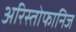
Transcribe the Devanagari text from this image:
अरिस्तोफानिज